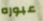
عبوره